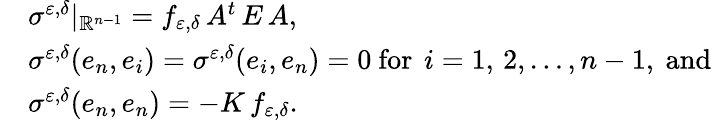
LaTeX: \begin{array}{rl}&{\sigma^{\varepsilon,\delta}|_{\mathbb{R}^{n-1}}=f_{\varepsilon,\delta}\, A^{t}\, E\, A,}\\ &{\sigma^{\varepsilon,\delta}(e_{n},e_{i})=\sigma^{\varepsilon,\delta}(e_{i},e_{n})=0\mathrm{~for~}\, i=1,\, 2,\dots,n-1,\mathrm{~and}}\\ &{\sigma^{\varepsilon,\delta}(e_{n},e_{n})=-K\, f_{\varepsilon,\delta}.}\end{array}